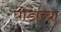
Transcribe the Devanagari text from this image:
घोडाच्या